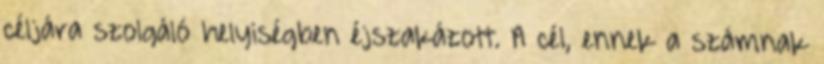
céljára szolgáló helyiségben éjszakázott. A cél, ennek a számnak